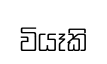
වියෑකි